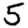
Digit: 5